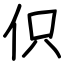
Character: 伿